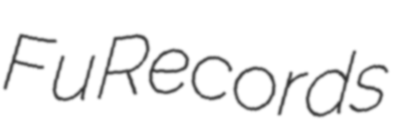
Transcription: Fu Records